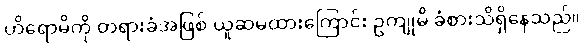
ဟိရောမိကို တရားခံအဖြစ် ယူဆမထားကြောင်း ဥကျုမိ ခံစားသိရှိနေသည်။